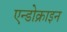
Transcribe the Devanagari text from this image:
एन्डोक्राइन